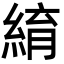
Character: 䋭